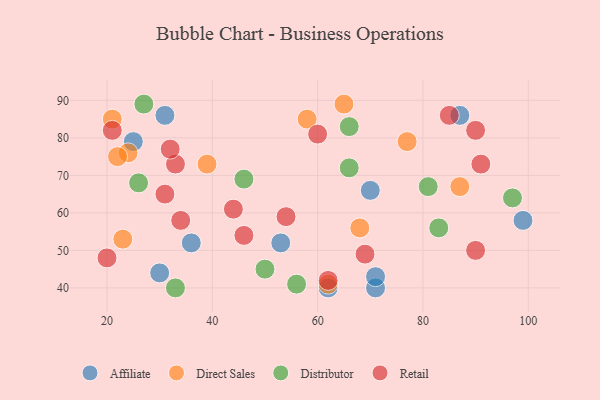
{"axis": {"x": "GDP", "y": "Life Expectancy"}, "legend": ["Affiliate", "Direct Sales", "Distributor", "Retail"], "data": [{"x": "70", "y": 66, "type": "Affiliate"}, {"x": "71", "y": 40, "type": "Affiliate"}, {"x": "71", "y": 43, "type": "Affiliate"}, {"x": "99", "y": 58, "type": "Affiliate"}, {"x": "30", "y": 44, "type": "Affiliate"}, {"x": "53", "y": 52, "type": "Affiliate"}, {"x": "31", "y": 86, "type": "Affiliate"}, {"x": "25", "y": 79, "type": "Affiliate"}, {"x": "87", "y": 86, "type": "Affiliate"}, {"x": "36", "y": 52, "type": "Affiliate"}, {"x": "62", "y": 40, "type": "Affiliate"}, {"x": "39", "y": 73, "type": "Direct Sales"}, {"x": "65", "y": 89, "type": "Direct Sales"}, {"x": "24", "y": 76, "type": "Direct Sales"}, {"x": "58", "y": 85, "type": "Direct Sales"}, {"x": "23", "y": 53, "type": "Direct Sales"}, {"x": "87", "y": 67, "type": "Direct Sales"}, {"x": "68", "y": 56, "type": "Direct Sales"}, {"x": "77", "y": 79, "type": "Direct Sales"}, {"x": "21", "y": 85, "type": "Direct Sales"}, {"x": "62", "y": 41, "type": "Direct Sales"}, {"x": "22", "y": 75, "type": "Direct Sales"}, {"x": "46", "y": 69, "type": "Distributor"}, {"x": "27", "y": 89, "type": "Distributor"}, {"x": "83", "y": 56, "type": "Distributor"}, {"x": "66", "y": 72, "type": "Distributor"}, {"x": "33", "y": 40, "type": "Distributor"}, {"x": "66", "y": 83, "type": "Distributor"}, {"x": "26", "y": 68, "type": "Distributor"}, {"x": "56", "y": 41, "type": "Distributor"}, {"x": "81", "y": 67, "type": "Distributor"}, {"x": "50", "y": 45, "type": "Distributor"}, {"x": "97", "y": 64, "type": "Distributor"}, {"x": "54", "y": 59, "type": "Retail"}, {"x": "31", "y": 65, "type": "Retail"}, {"x": "69", "y": 49, "type": "Retail"}, {"x": "21", "y": 82, "type": "Retail"}, {"x": "34", "y": 58, "type": "Retail"}, {"x": "90", "y": 50, "type": "Retail"}, {"x": "33", "y": 73, "type": "Retail"}, {"x": "32", "y": 77, "type": "Retail"}, {"x": "20", "y": 48, "type": "Retail"}, {"x": "90", "y": 82, "type": "Retail"}, {"x": "62", "y": 42, "type": "Retail"}, {"x": "46", "y": 54, "type": "Retail"}, {"x": "85", "y": 86, "type": "Retail"}, {"x": "60", "y": 81, "type": "Retail"}, {"x": "91", "y": 73, "type": "Retail"}, {"x": "44", "y": 61, "type": "Retail"}]}